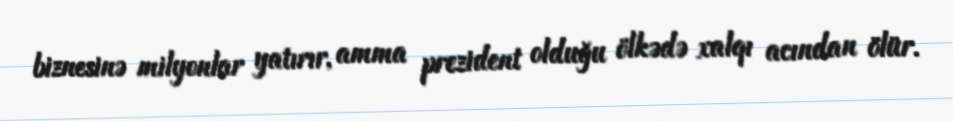
biznesinə milyonlar yatırır, amma prezident olduğu ölkədə xalqı acından ölür.